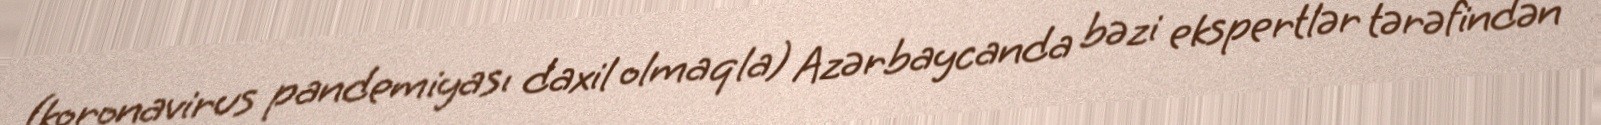
(koronavirus pandemiyası daxil olmaqla) Azərbaycanda bəzi ekspertlər tərəfindən